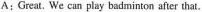
A:Great. We can play badminton after that.